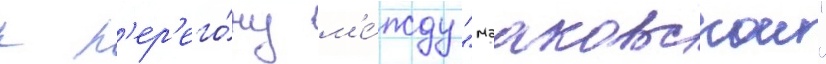
к п'ер'его́ну м'е́жду "мааковскои"